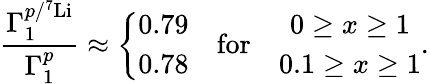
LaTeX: \frac{\Gamma_{1}^{p/^{7}\mathrm{Li}}}{\Gamma_{1}^{p}}\approx\left\{ \begin{array}{c}{{0.79}}\\ {{0.78}}\end{array}\right.\quad\mathrm{for}\quad\begin{array}{c}{{0\ge x\ge 1}}\\ {{0.1\ge x\ge 1}}\end{array}.